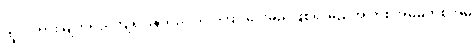
ထူလိကား မျက်ရည်ကျရပြန်သည် သင်ကြားပေးမည်ဖြစ်၍ မည်အ တစ်အိမ်မှတစ်အိမ်